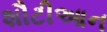
શૌટીઆન